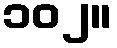
၁၀၂။